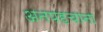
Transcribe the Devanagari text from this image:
अनपहचाना